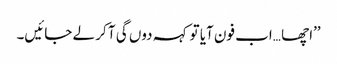
’’اچھا …اب فون آیا تو کہہ دوں گی آ کر لے جائیں۔